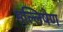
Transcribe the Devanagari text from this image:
मल्लिषेण